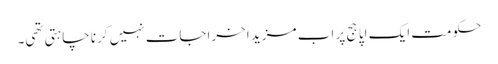
حکومت ایک اپاہج پر اب مزید اخراجات نہیں کرنا چاہتی تھی۔